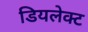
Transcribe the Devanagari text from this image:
डियलेक्ट